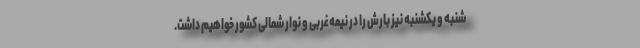
شنبه و یکشنبه نیز بارش را در نیمه‌غربی و نوار شمالی کشور خواهیم داشت.